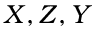
X , Z , Y